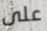
على